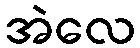
အဲလေ